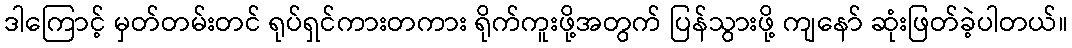
ဒါကြောင့် မှတ်တမ်းတင် ရုပ်ရှင်ကားတကား ရိုက်ကူးဖို့အတွက် ပြန်သွားဖို့ ကျနော် ဆုံးဖြတ်ခဲ့ပါတယ်။